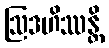
ဩဒဟိဿန္တိ